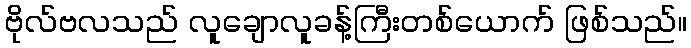
ဗိုလ်ဗလသည် လူချောလူခန့်ကြီးတစ်ယောက် ဖြစ်သည်။